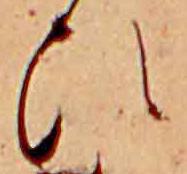
ひ